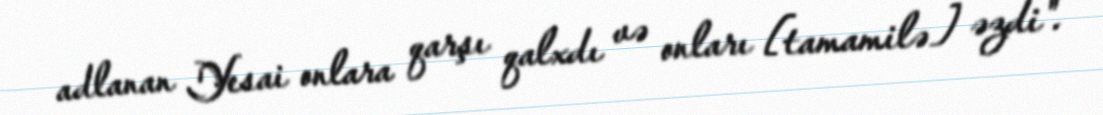
adlanan Yesai onlara qarşı qalxdı və onları [tamamilə] əzdi".